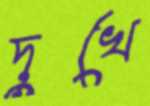
দুখে